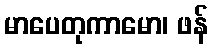
မာပေတုကာမော၊ ဖန်